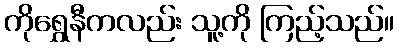
ကိုရွှေနီကလည်း သူ့ကို ကြည့်သည်။